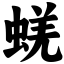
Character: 蜣